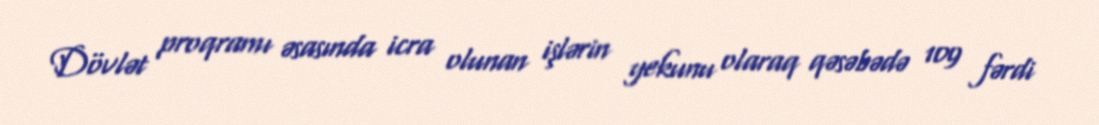
Dövlət proqramı əsasında icra olunan işlərin yekunu olaraq qəsəbədə 109 fərdi